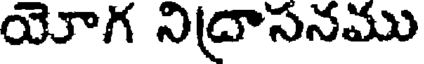
యోగ నిద్రాసనము